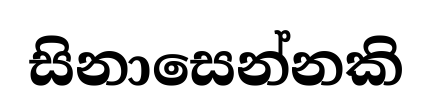
සිනාසෙන්නකි